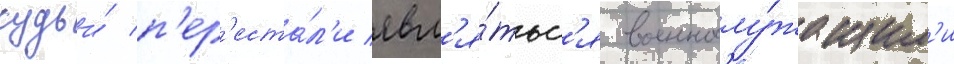
судьи́ п'ер'еста́л'и явл'я́тьс'я военнослу́жащим'и